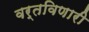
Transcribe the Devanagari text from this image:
वर्तविणारी